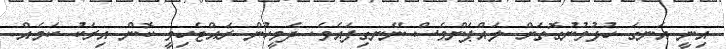
އިނީ އަނގަ ހުޅުވުނުގޮތަށް ލައްޕަންވެސް ނޭނގިފައެވެ. ދެމީހުން ރައްޓެހިވީ ކޮން އިރަކު ކަމެއް